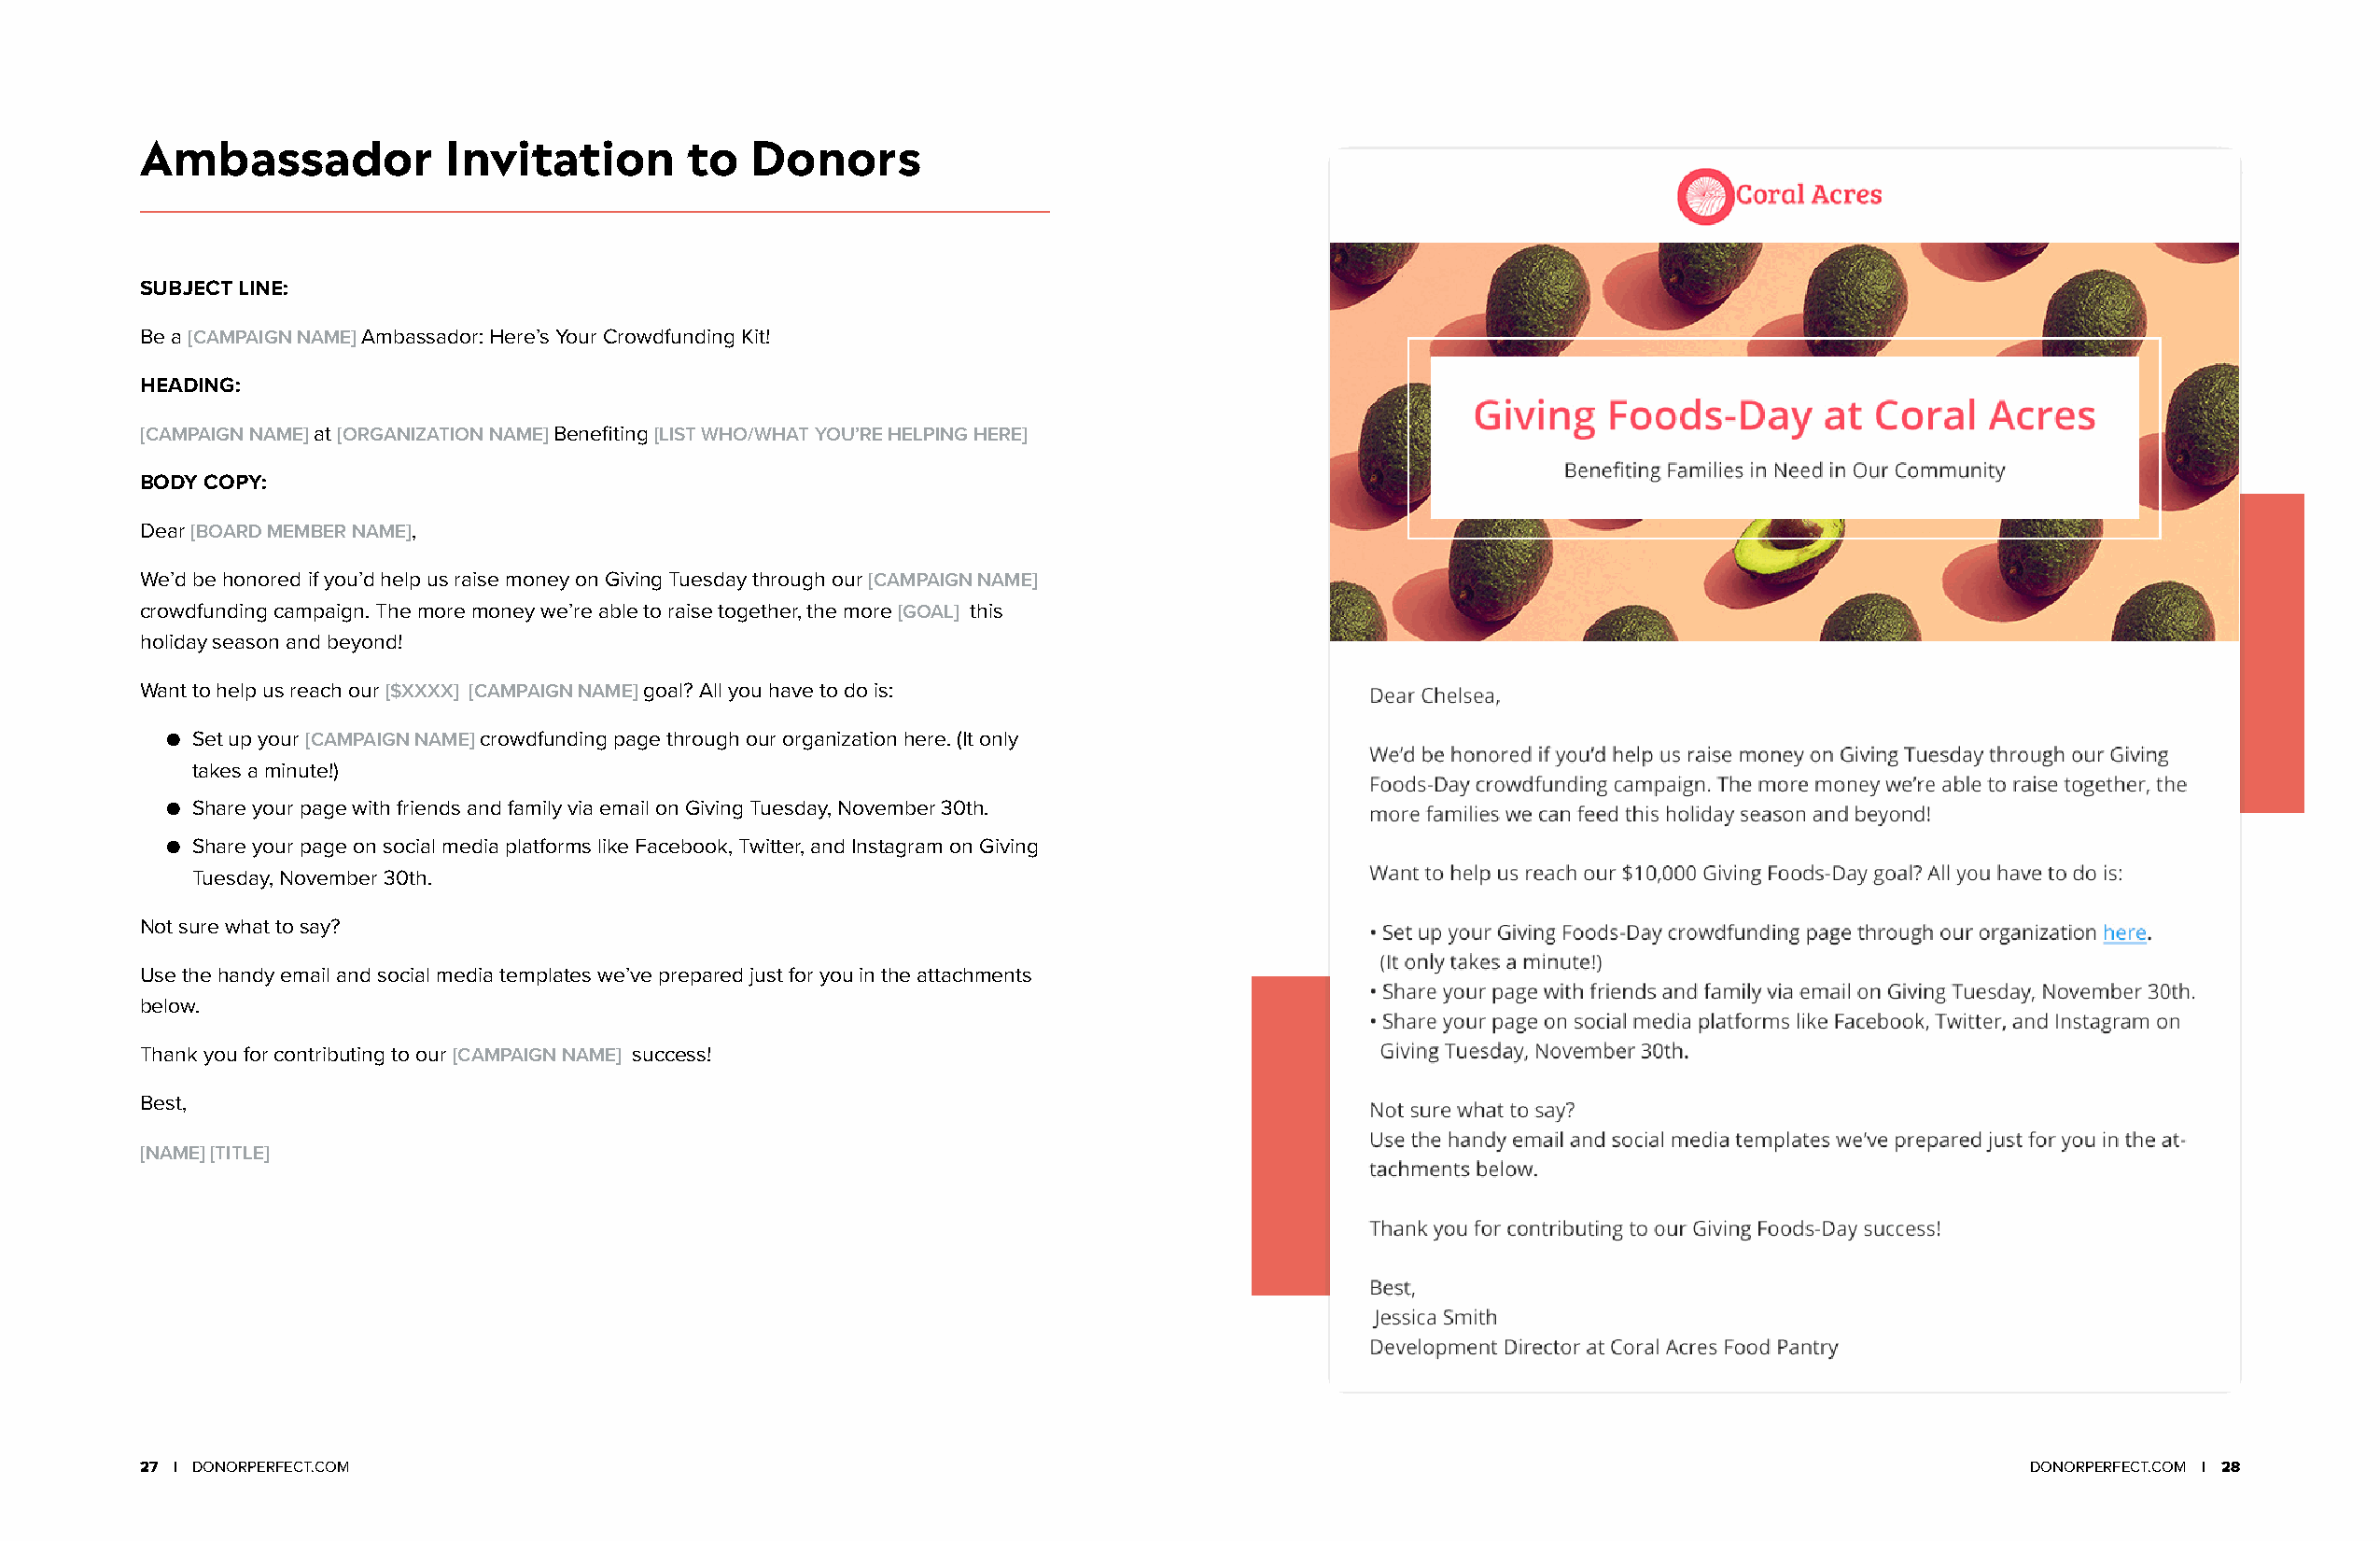
Ambassador            Invitation       to  Donors
 SUBJECT LINE:
 Be a [CAMPAIGN NAME] Ambassador: Here’s Your Crowdfunding Kit!
 HEADING:
 [CAMPAIGN NAME] at [ORGANIZATION NAME] Benefiting [LIST WHO/WHAT YOU’RE HELPING HERE]
 BODY COPY:
 Dear [BOARD MEMBER NAME],
 We’d be honored if you’d help us raise money on Giving Tuesday through our [CAMPAIGN NAME]
 crowdfunding campaign. The more money we’re able to raise together, the more [GOAL] this
 holiday season and beyond!
 Want to help us reach our [$XXXX] [CAMPAIGN NAME] goal? All you have to do is:
 ● Set up your [CAMPAIGN NAME] crowdfunding page through our organization here. (It only
 takes a minute!)
 ● Share your page with friends and family via email on Giving Tuesday, November 30th.
 ● Share your page on social media platforms like Facebook, Twitter, and Instagram on Giving
 Tuesday, November 30th.
 Not sure what to say?
 Use the handy email and social media templates we’ve prepared just for you in the attachments
 below.
 Thank you for contributing to our [CAMPAIGN NAME] success!
 Best,
 [NAME] [TITLE]
 27 | DONORPERFECT.COM                                                                                                                 DONORPERFECT.COM | 28